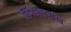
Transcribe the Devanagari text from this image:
लिंगभावरहित